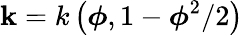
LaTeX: \mathbf{k}=k\left(\boldsymbol{\phi},1-\boldsymbol{\phi}^{2}/2\right)